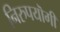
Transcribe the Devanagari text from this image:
निरुपयॊगी